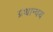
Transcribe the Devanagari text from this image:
ग्रंथान्वय